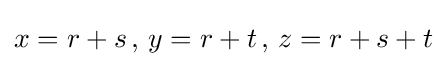
x=r+s\,,\,y=r+t\,,\,z=r+s+t